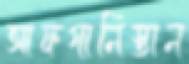
আফগানিস্তান